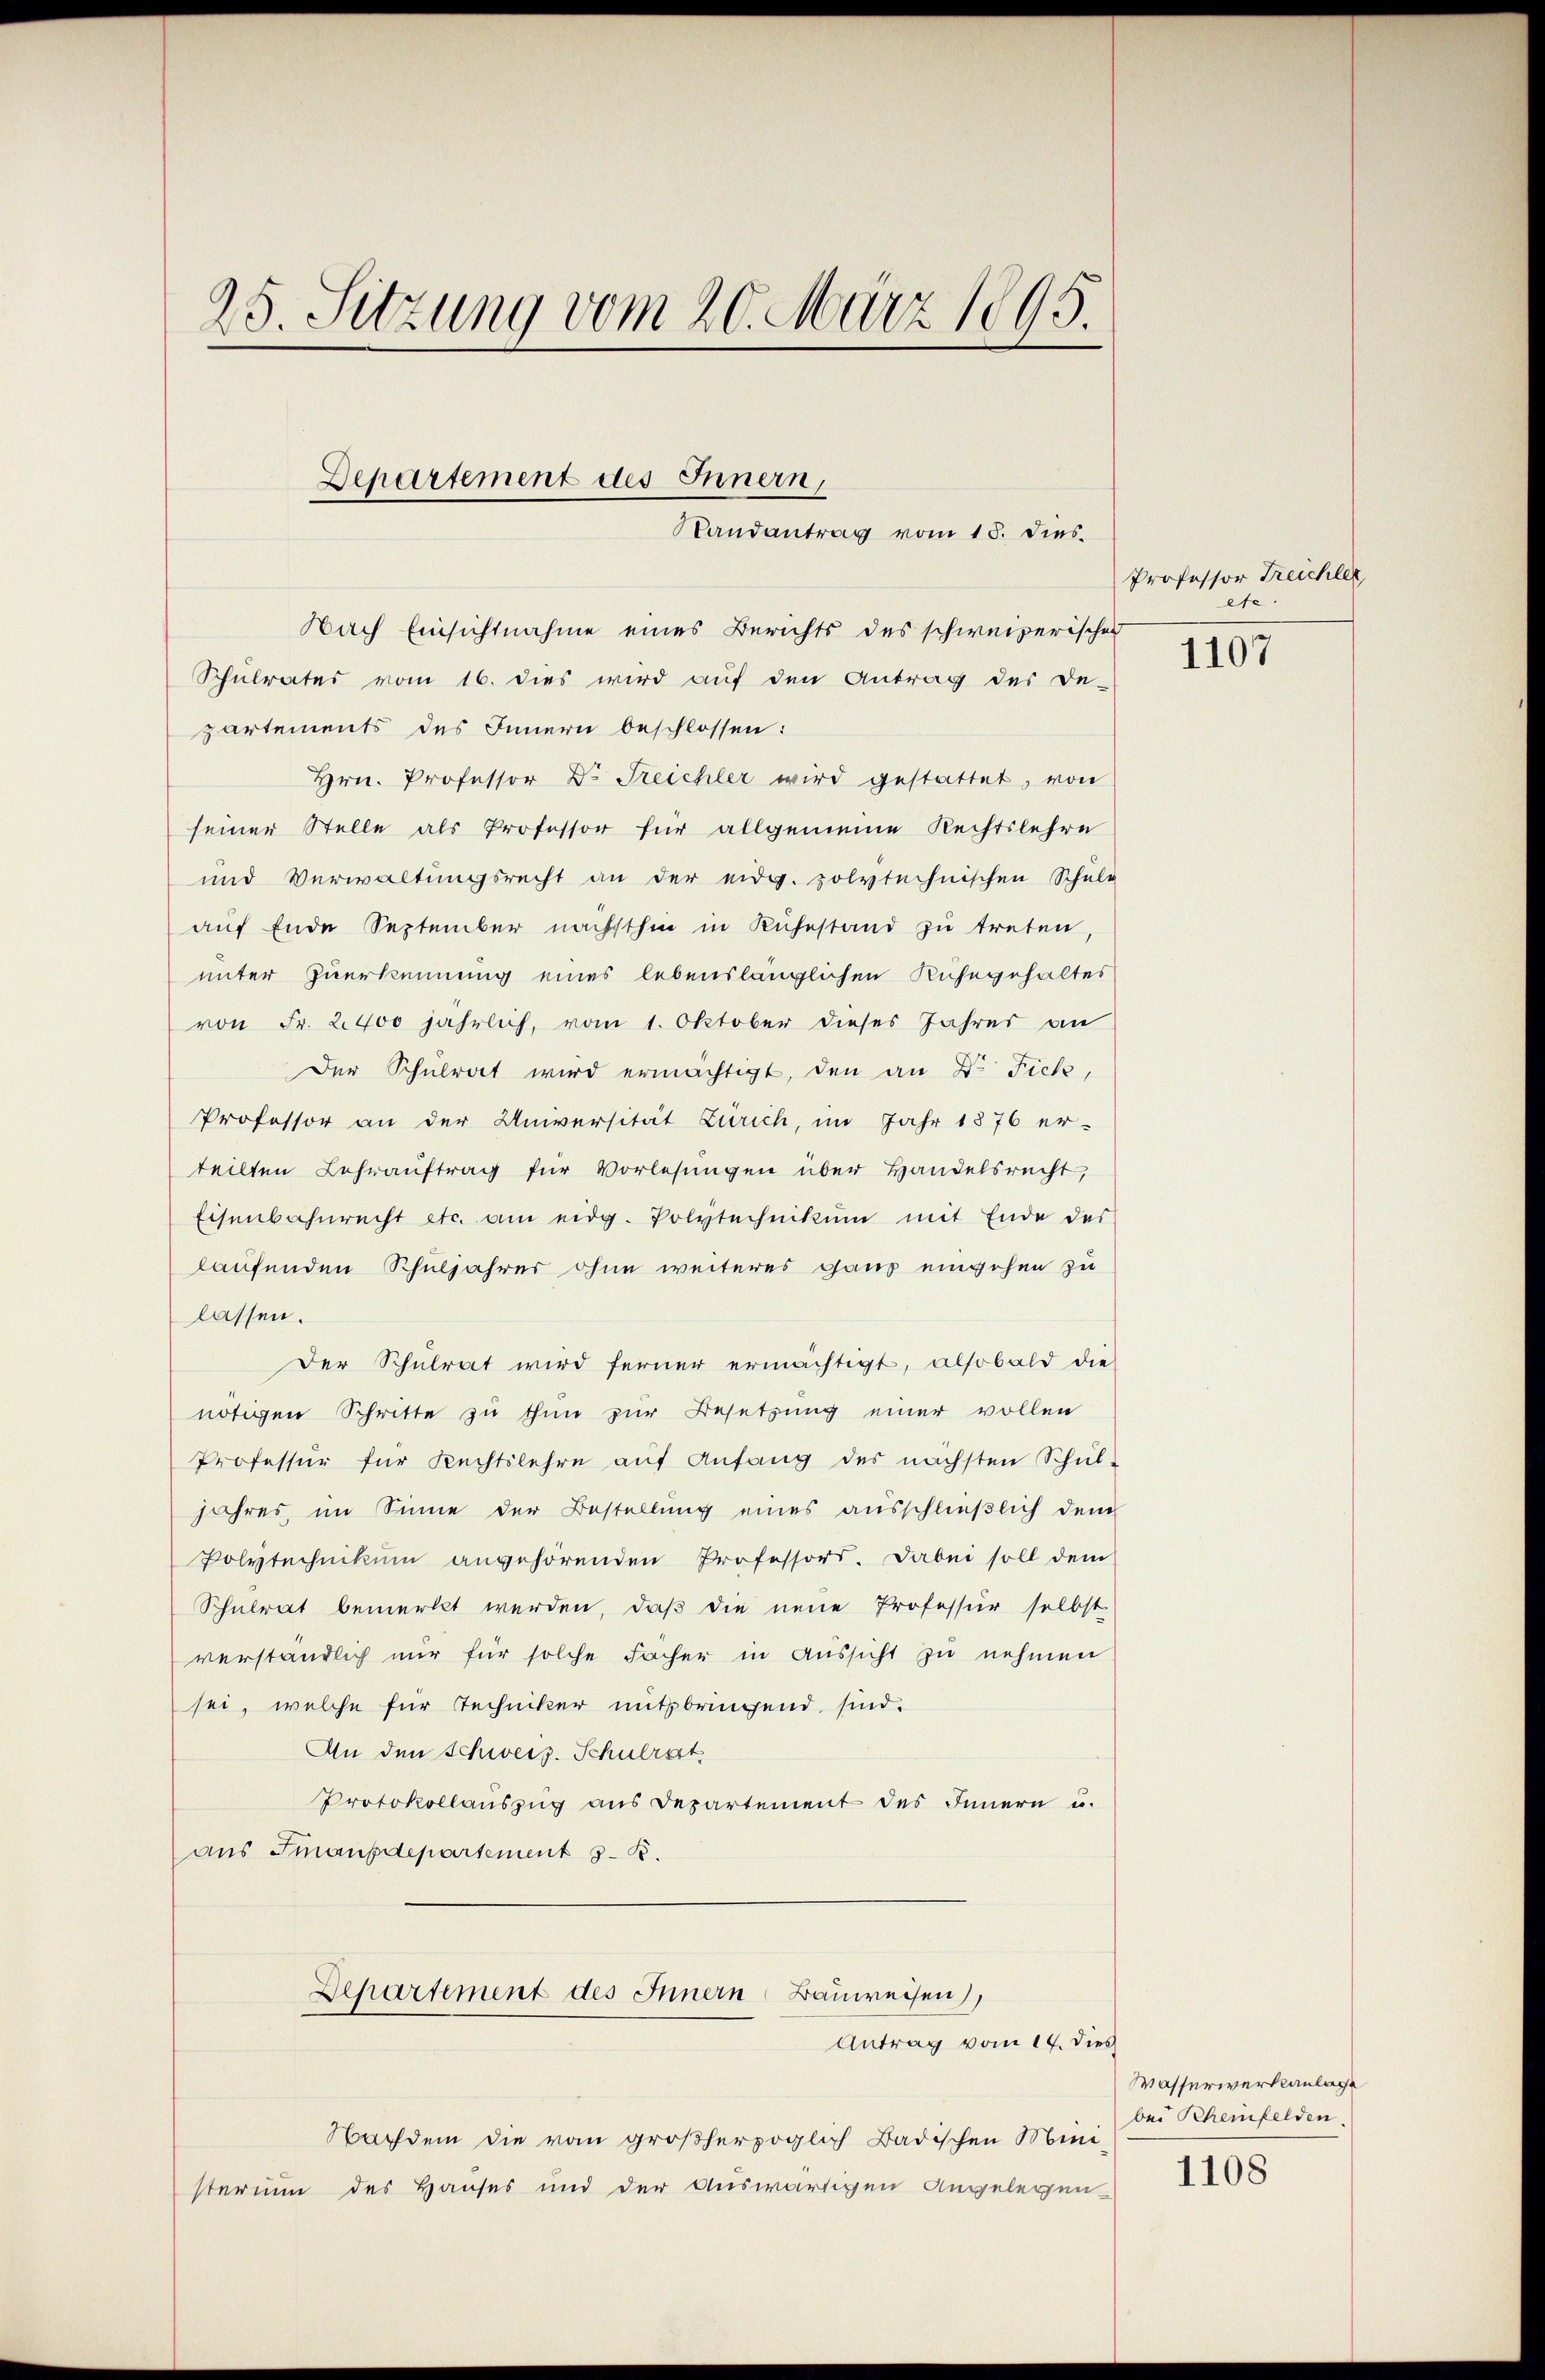
25. Sitzung vom 20. März 1895.
Departement des Innern,
Randantrag vom 15. dies

Nach Einsichtnahme eines Berichts des schweizerischen
Schulrates vom 16. dies wird auf den Antrag des De-
partements des Innern beschlossen:
Hrn. Professor Dr. Treichler wird gestattet, von
seiner Stelle als Professor für allgemeine Rechtslehre
und Verwaltŭngsrecht an der eidg. polytechnischen Schule
auf Ende September nächsthin in Kühnstand zu treten,
unter Zuerkennung eines lebenslänglichen Kuhegehaltes
von Fr. 2400 jährlich, vom 1. Oktober dieses Jahres an
Der Schulrat wird ermächtigt, den an Dr. Fick,
Professor an der Universität Zürich, im Jahr 1876 er-
teilten Lehrauftrag für Vorlesungen über Handelsrecht,
Eisenbahnrecht etc. am eidg. Polytechnikum mit Ende des
laufenden Schuljahres ohne weiteres ganz eingehen zu
lassen.
Der Schulrat wird ferner ermächtigt, alsobald die
nötigen Schritte zu thun zur Besetzung einer vollen
Professur für Rechtslehre aŭf Anfang des nächsten Schŭl-
jahres im Sinne der Bestellung eines ausschließlich dem
Polytechnikum angehörenden Professors. Dabei soll dem
Schulrat bemerkt werden, daß die neue Professur selbst
verständlich nur für solche Facher in Aussicht zu nehmen
sei, welche für Techniker mitbringend sind.
An den Schweiz. Schulrat
Protokollauszug aus Departement des Innern u.
aus Imansdepartement S. R.
Departement des Innern Bauweisen),
Antrag vom 14. dies
Nachdem die vom großherzoglich Badischen Mini-
sterium des Hauses und der Auswärtigen Angelegen-

Professor Treichler,
ete

1107

Wasserwerkanlage
bei Schemfelden.

1108